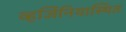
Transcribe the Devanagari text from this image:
व्हर्जिनियास्थित